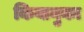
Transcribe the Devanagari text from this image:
किवानुका